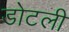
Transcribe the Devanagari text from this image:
डोटली